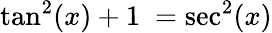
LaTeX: \tan^{2}(x)+1\ =\sec^{2}(x)